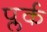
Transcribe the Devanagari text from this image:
प्लर्क